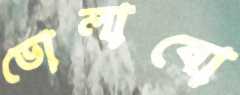
ভোলাবো